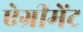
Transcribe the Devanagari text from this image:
ऐग्रीमेंट